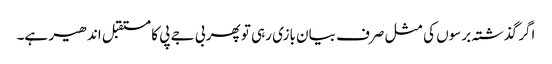
اگر گذشتہ برسوں کی مثل صرف بیان بازی رہی تو پھر بی جے پی کا مستقبل اندھیر ہے۔